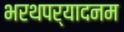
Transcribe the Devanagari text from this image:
भरथपर्यादनम